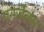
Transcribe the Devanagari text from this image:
एनर्जेक्स